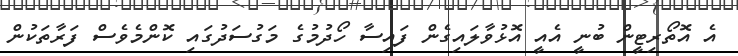
އެ އޮތޯރިޓީން ބުނީ އެއީ އޮޅުވާލައިގެން ފައިސާ ހޯދުމުގެ މަގުސަދުގައި ކޮންމެވެސް ފަރާތަކުން